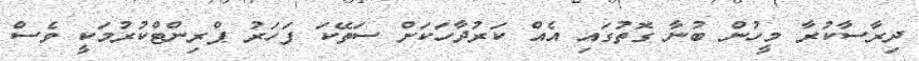
ދިރާސާކުރާ މީހުން ބުނާ ގޮތުގައި އެއް ކަރުދާހަކަށް ސަތޭކަ ފަހަރު ޕްރިންޓްކުރުމަކީ ވެސް